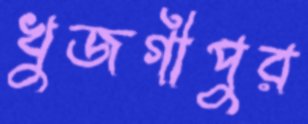
খুজগীপুর